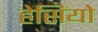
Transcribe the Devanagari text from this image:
हेसियो